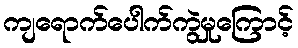
ကျရောက်ပေါက်ကွဲမှုကြောင့်